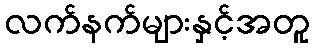
လက်နက်များနှင့်အတူ